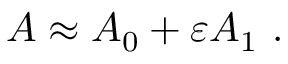
A \approx A _ { 0 } + \varepsilon A _ { 1 } ~ .